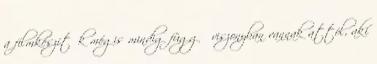
a filmkészítők mégis mindig függő viszonyban vannak attól, aki